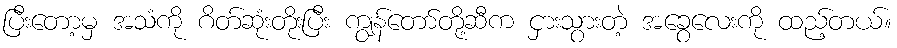
ပြီးတော့မှ အသံကို ဂိတ်ဆုံးတိုးပြီး ကျွန်တော်တို့ဆီက ငှားသွားတဲ့ အခွေလေးကို ထည့်တယ်။